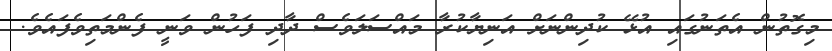
މިގޮތުން އެތަނުގައި އުޅޭ ކުދިންނަށް އަނިޔާކުރާ މައްސަލަވެސް ދާދި ފަހުން ވަނީ ފެންމަތިވެފައެވެ.